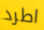
اطرد